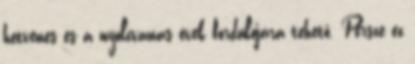
hetvenes és a nyolcvanas évek fordulójára tehető. Persze ez